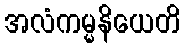
အလံကမ္မနိယေတိ